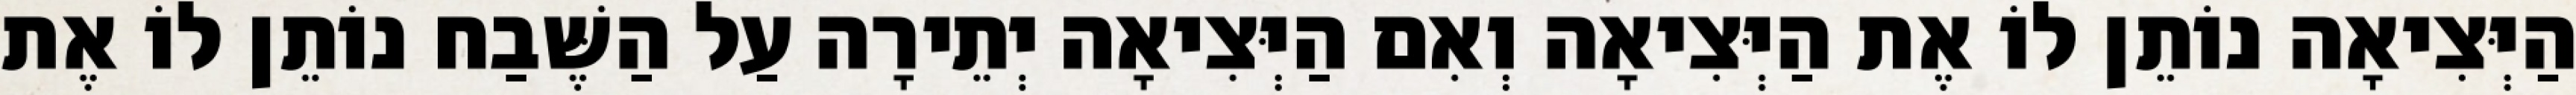
הַיְּצִיאָה נוֹתֵן לוֹ אֶת הַיְּצִיאָה וְאִם הַיְּצִיאָה יְתֵירָה עַל הַשֶּׁבַח נוֹתֵן לוֹ אֶת